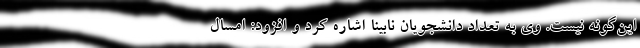
این‌گونه نیست. وی به تعداد دانشجویان نابینا اشاره کرد و افزود: امسال